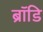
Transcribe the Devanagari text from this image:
ब्रॉडि